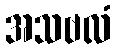
အသဗလံ